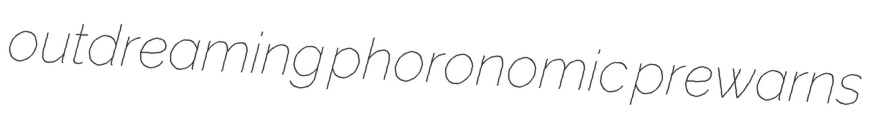
outdreaming phoronomic prewarns